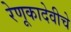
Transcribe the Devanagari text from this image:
रेणूकादेवीचे